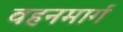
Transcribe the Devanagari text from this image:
वहनमार्ग